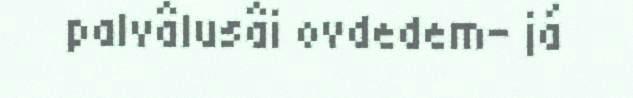
palvâlusâi ovdedem- já